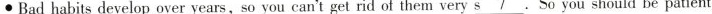
●Bad habits develop over years, so you can't get rid of them ver\underline{s7}. so you should be patient.